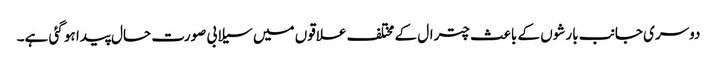
دوسری جانب بارشوں کے باعث چترال کے مختلف علاقوں میں سیلابی صورت حال پیدا ہو گئی ہے۔